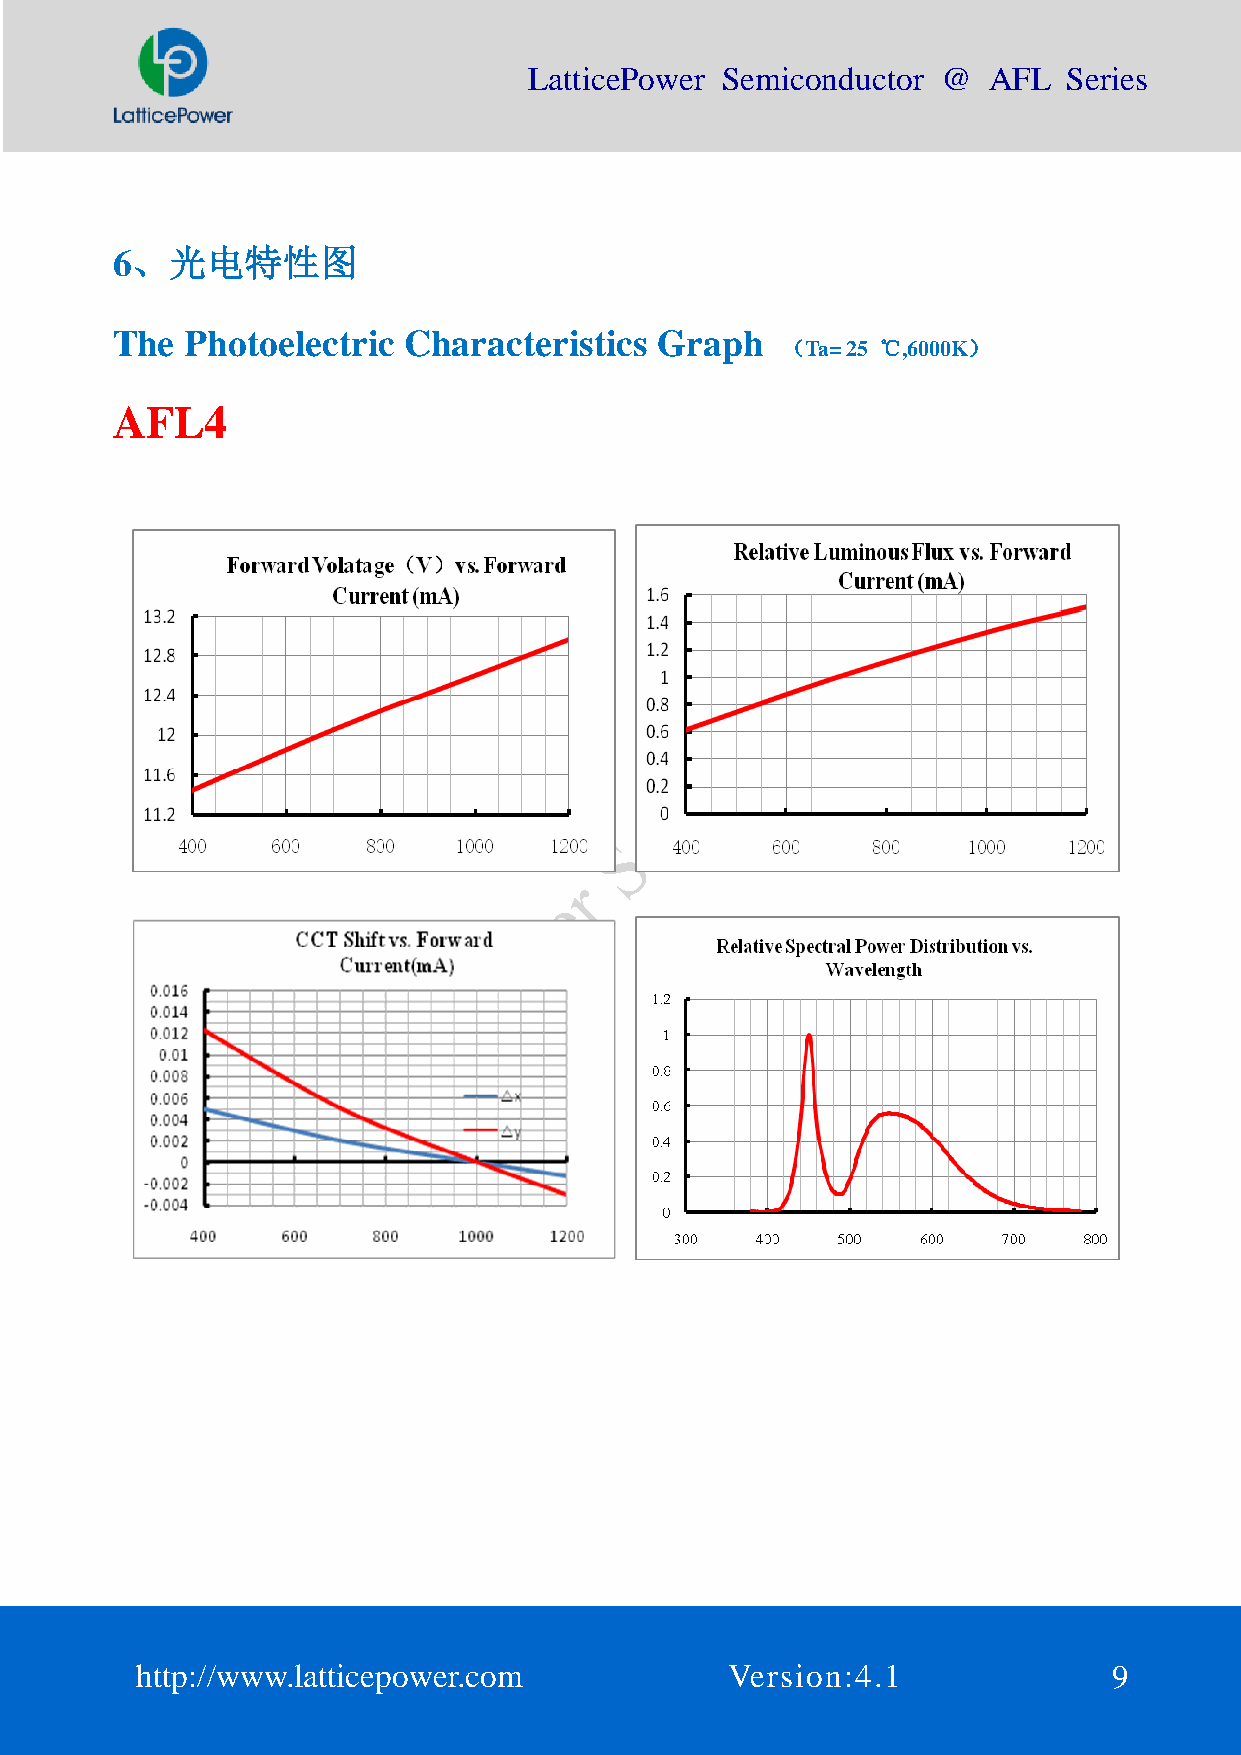
LatticePower Semiconductor @  AFL   Series
 6、光电特性图
 The  Photoelectric  Characteristics  Graph
 （Ta= 25 ℃,6000K）
 AFL4
 http://www.latticepower.com            Version:4.1               9